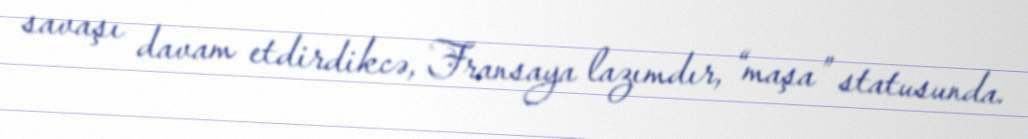
savaşı davam etdirdikcə, Fransaya lazımdır, “maşa” statusunda.